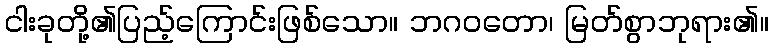
ငါးခုတို့၏ပြည့်ကြောင်းဖြစ်သော။ ဘဂဝတော၊ မြတ်စွာဘုရား၏။